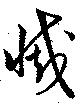
滅